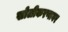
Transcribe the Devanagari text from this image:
खोलीकरणावर